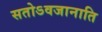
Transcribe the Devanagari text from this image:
सतोऽवजानाति